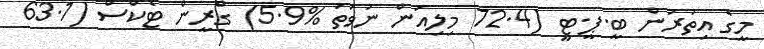
މީގެ އިތުރުން ބީ.ޕީ.ޓީ (72.4 މިލިއަން ނުވަތަ %5.9) ގްރީން ޓެކްސް (63.1